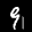
Digit: 9